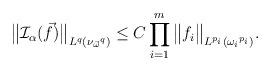
LaTeX: \begin{align*}{\big\|\mathcal{I}_\alpha (\vec{f})\big\|}_{L^q({\nu_{\vec{\omega} }}^q)} \leq C\prod_{i = 1}^m{\big\|f_i\big\|}_{L^{p_i}({\omega_i}^{p_i})}.\end{align*}